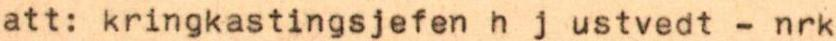
att: kringkastingsjefen h j ustvedt - nrk